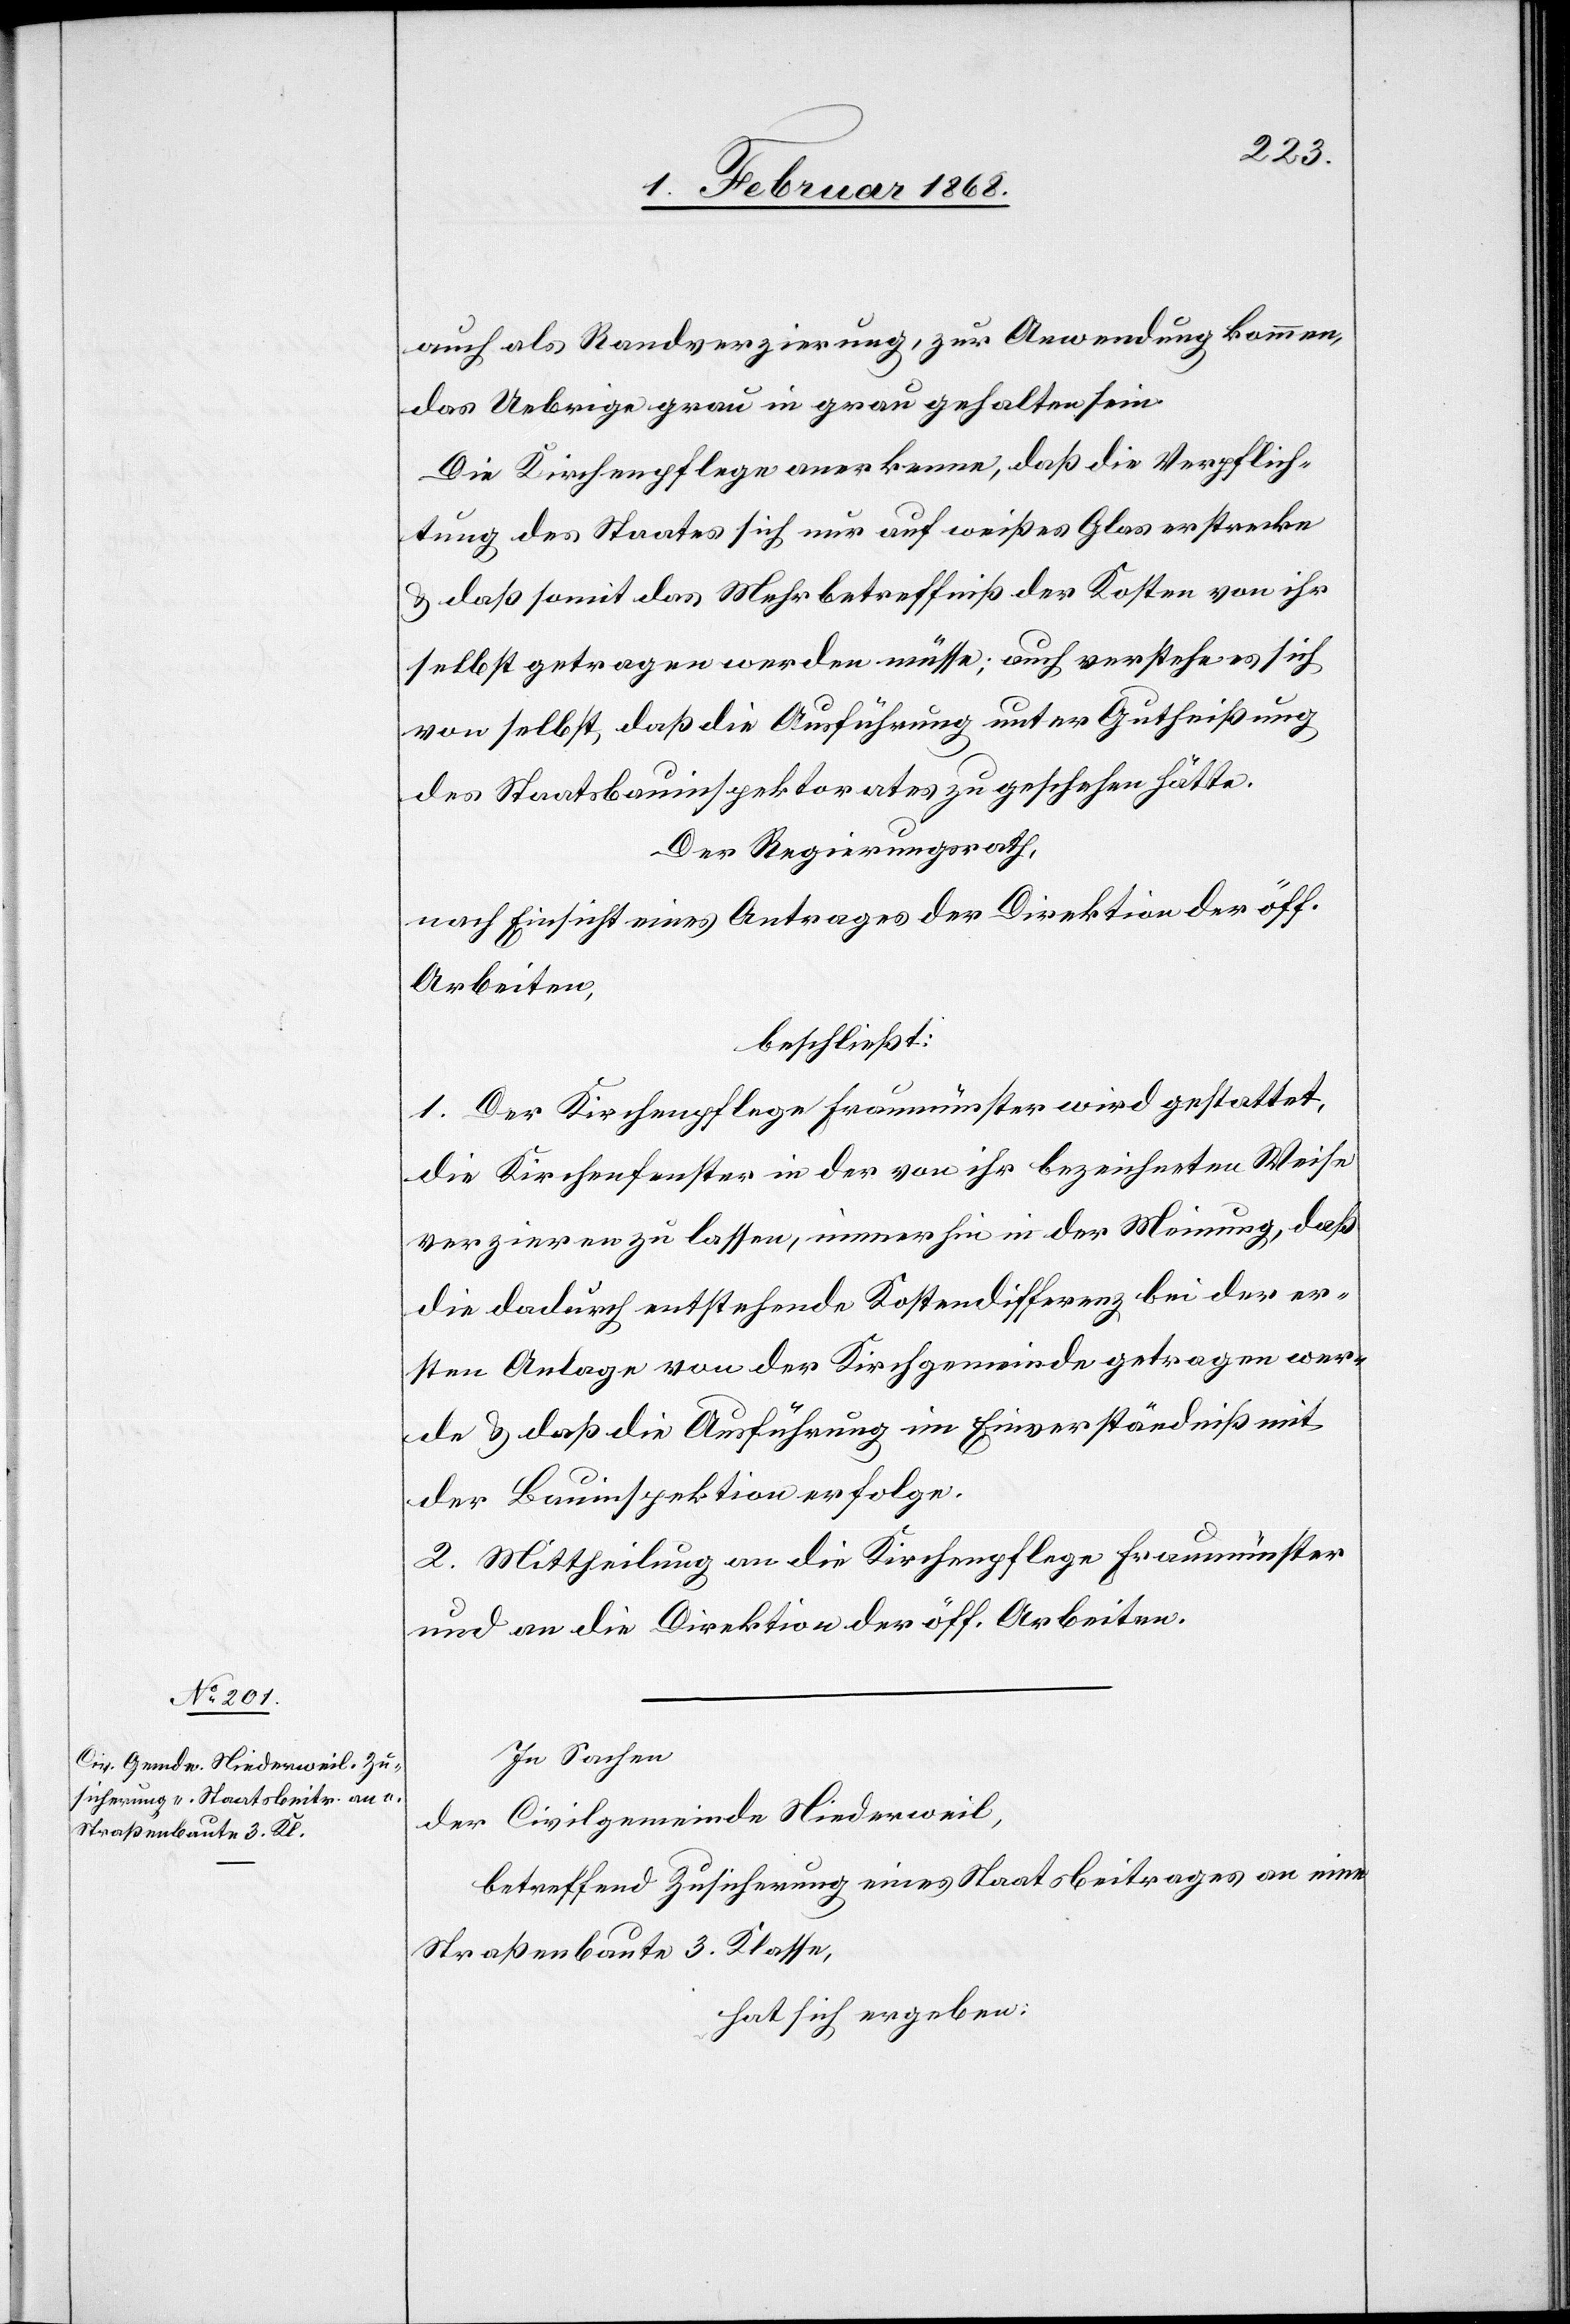
auch als Randverzierung, zur Anwendung kommen,
das Uebrige grau in grau gehalten sein.
Die Kirchenpflege anerkenne, daß die Verpflich¬
tung des Staates sich nur auf weißes Glas erstrecke
& daß somit das Mehrbetreffniß der Kosten von ihr
selbst getragen werden müsse; auch verstehe es sich
von selbst, daß die Ausführung unter Gutheißung
des Staatsbauinspektorates zu geschehen hätte.
Der Regierungsrath,
nach Einsicht eines Antrages der Direktion der öff.
Arbeiten,
beschließt:
1. Der Kirchenpflege Fraumünster wird gestattet,
die Kirchenfenster in der von ihr bezeichneten Weise
verzieren zu lassen, immerhin in der Meinung, daß
die dadurch entstehende Kostendifferenz bei der er¬
sten Anlage von der Kirchgemeinde getragen wer¬
de & daß die Ausfürung im Einverständniß mit
der Bauinspektion erfolge.
2. Mittheilung an die Kirchenpflege Fraumünster
und an die Direktion der öff. Arbeiten.
In Sachen
der Civilgemeinde Niederweil,
betreffend Zusicherung eines Staatsbeitrages an eine
Straßenbaute 3. Klasse,
hat sich ergeben: